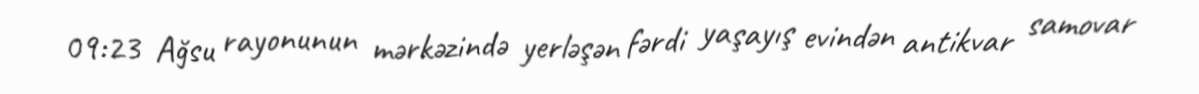
09:23 Ağsu rayonunun mərkəzində yerləşən fərdi yaşayış evindən antikvar samovar